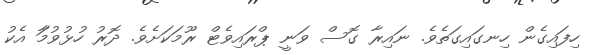
ހިފައިގެން ހިނގައިގަތެވެ. ނައިރާ ގޮސް ވަނީ ޕްރައިވެޓް ރޫމަކަށެވެ. ދޮރު ހުޅުވުމާަ އެކު